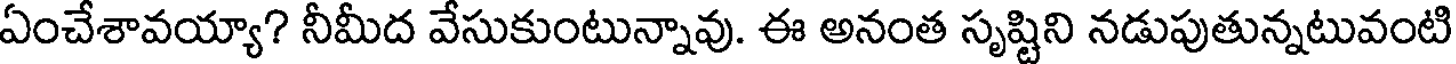
ఏంచేశావయ్యా? నీమీద వేసుకుంటున్నావు. ఈ అనంత సృష్టిని నడుపుతున్నటువంటి